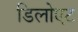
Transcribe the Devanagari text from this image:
डिलोएट